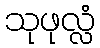
သုဖုလ္လံ